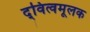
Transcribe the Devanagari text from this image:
द्‍वित्वमूलक